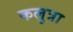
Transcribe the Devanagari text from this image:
कलुत्रा